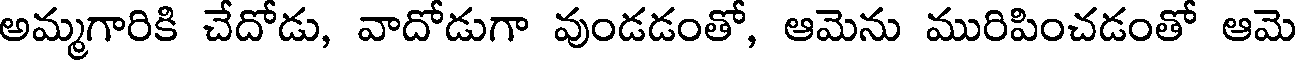
అమ్మగారికి చేదోడు, వాదోడుగా వుండడంతో, ఆమెను మురిపించడంతో ఆమె